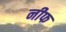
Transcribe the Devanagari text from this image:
नीफ